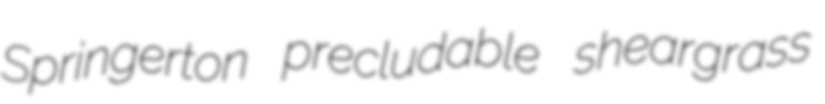
Springerton precludable sheargrass